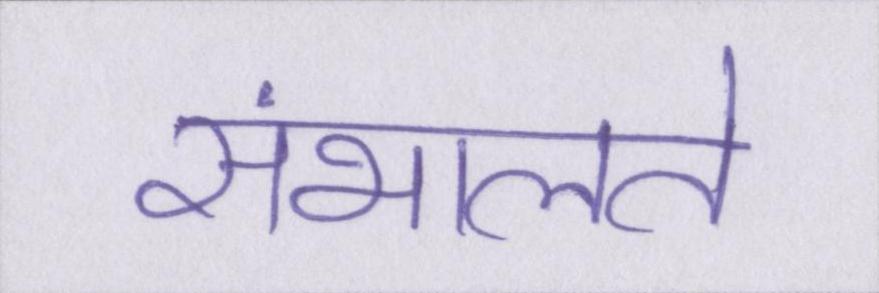
संभालते